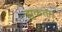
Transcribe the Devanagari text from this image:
झुकता।